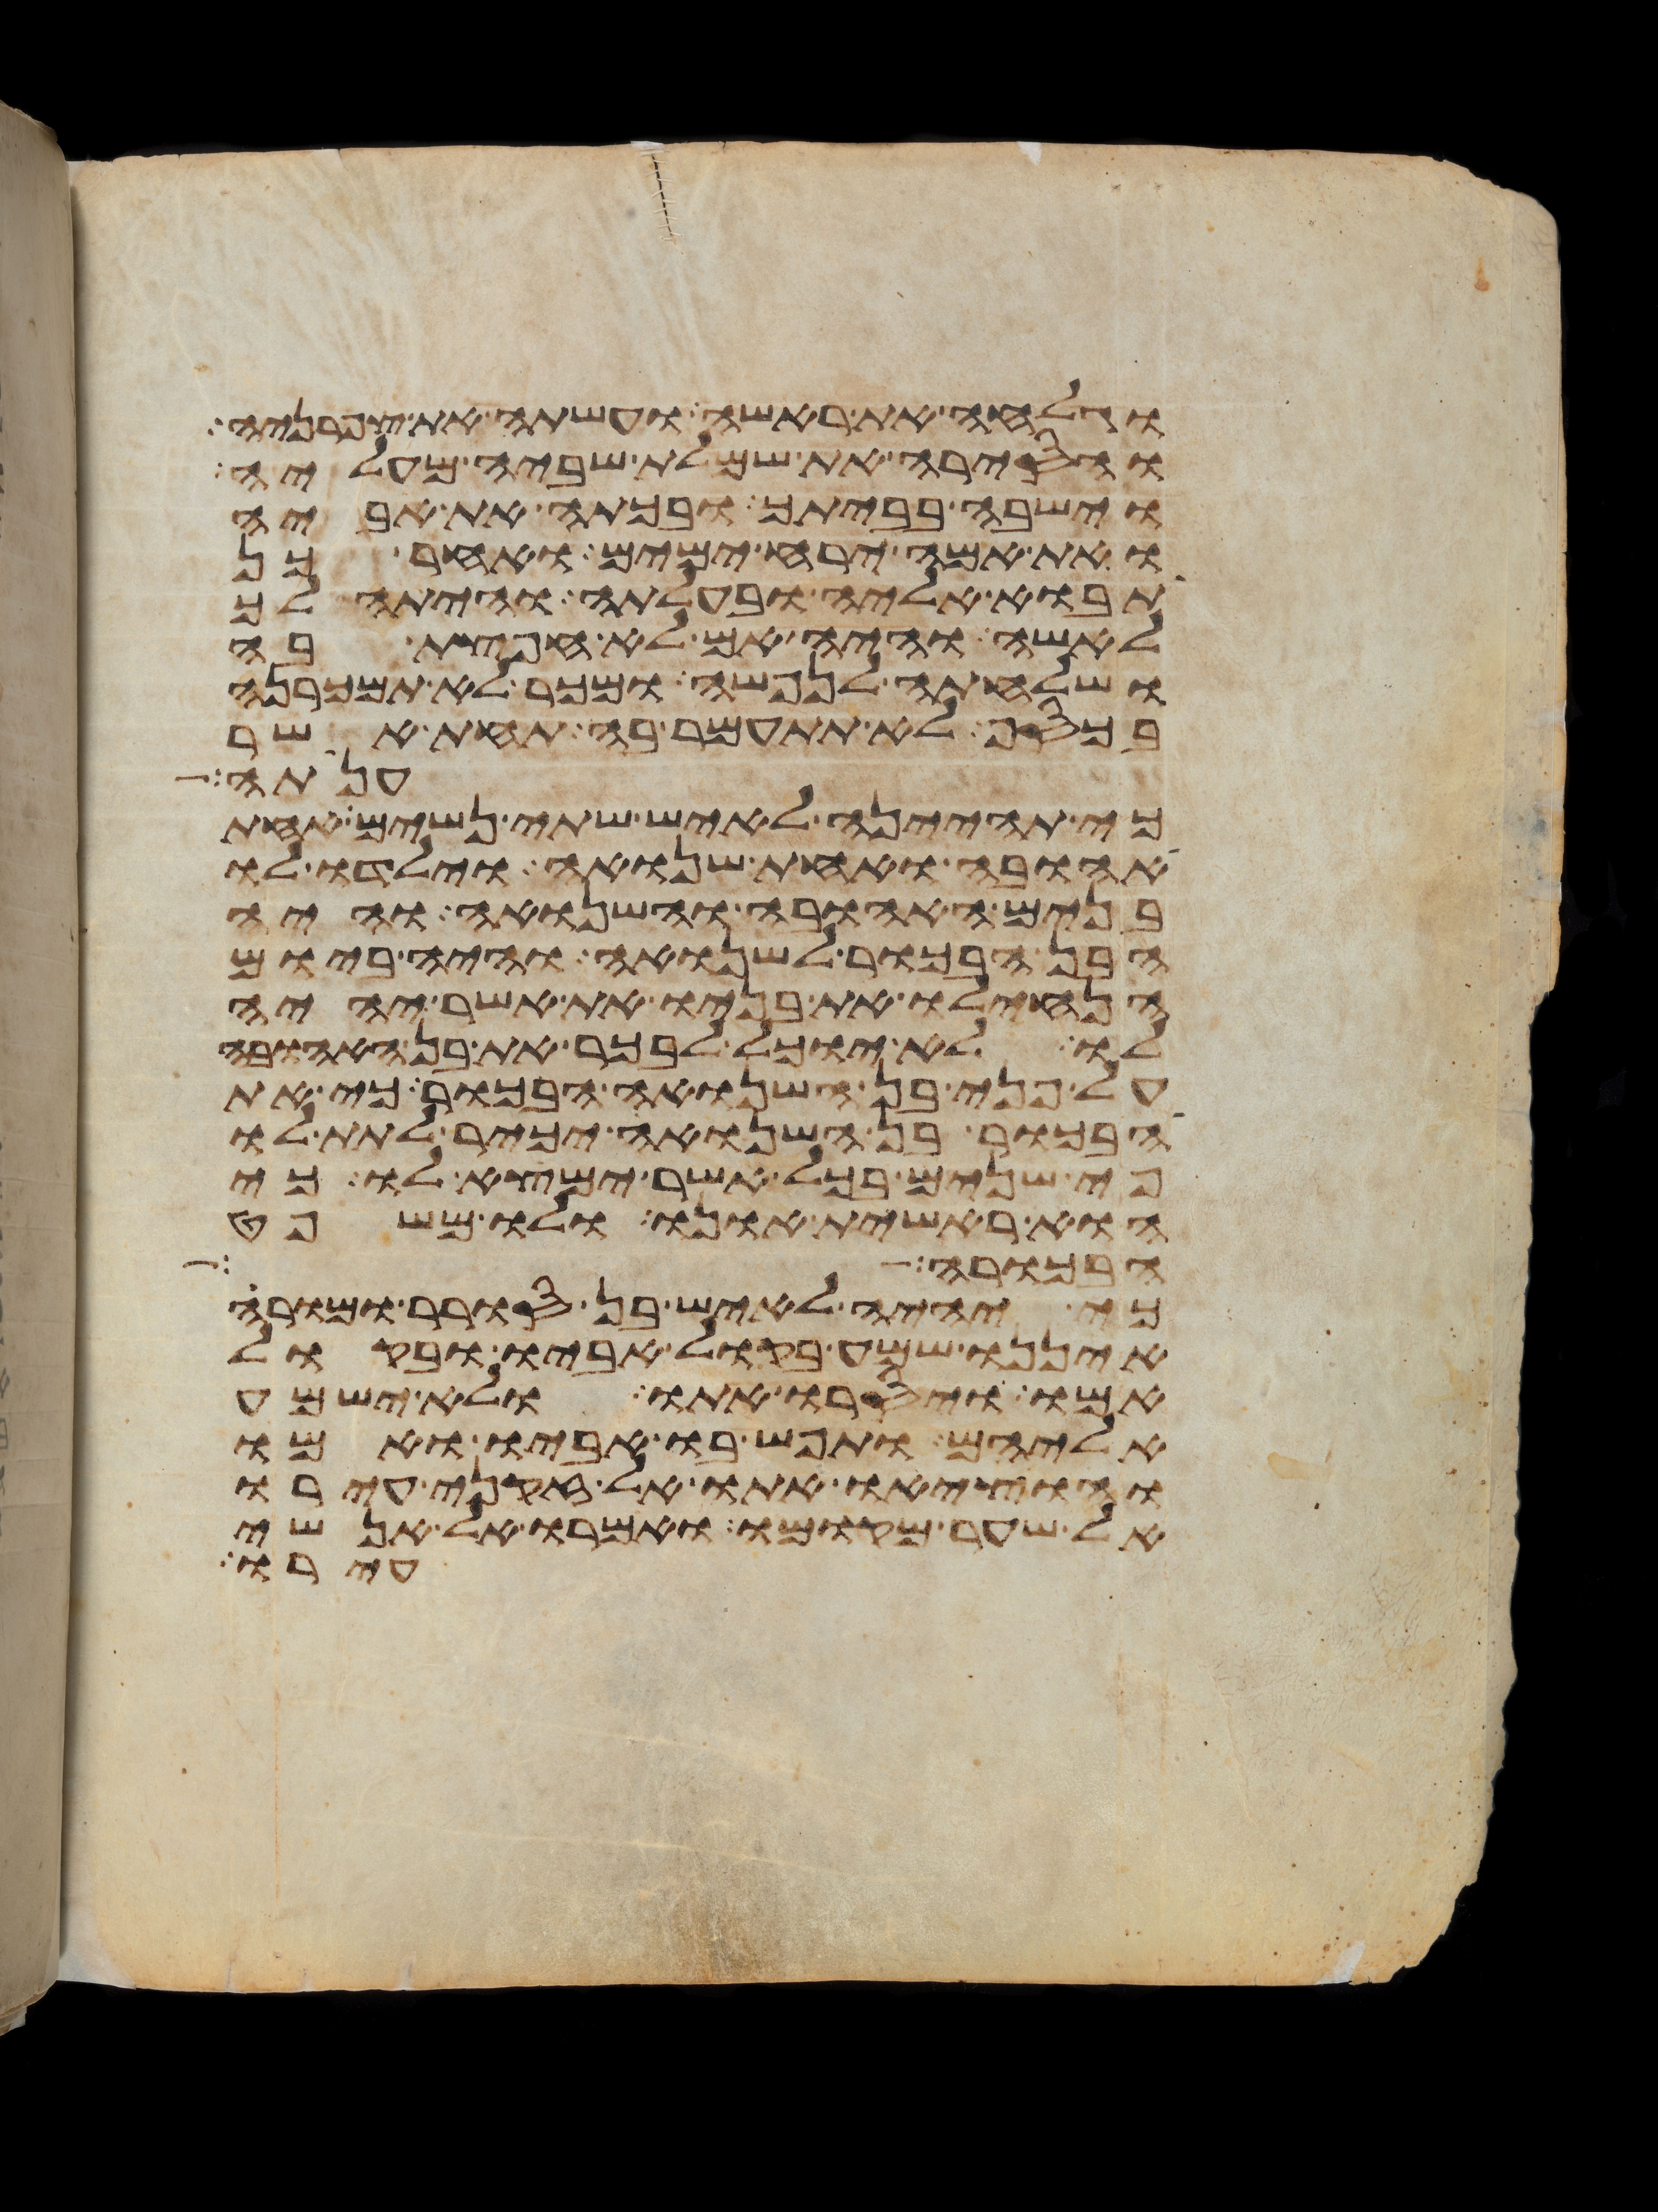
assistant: וגלחה את ראשה ועשתה את צפרניה
והסירה את שמלת שביה מעליה
וישבה בביתך ובכתה את אביה
ואת אמה ירח ימים ואחר כן
תבוא אליה ובעלתה והיתה לך
לאשה והיה אם לא חפצת בה
ושלחתה לנפשה ומכר לא תמכרנה
בכסף לא תתעמר בה תחת אשר
ענתה
כי תהיינה לאיש שתי נשים אחת
אהובה ואחת שנואה וילדו לו
בנים האהובה והשנואה והיה
הבן הבכור לשנואה והיה ביום
הנחילו את בניו את אשר יהיה
לו לא יוכל לבכר את בן האהובה
על פני בן השנואה הבכור כי את
הבכור בן השנואה יכיר לתת לו
פי שנים בכל אשר ימצא לו כי
הוא ראשית אונו ולו משפט
וגרושה וחללה
כי יהיה לאיש בן סורר ומורה
איננו שמע בקול אביו ובקול
אמו ויסרו אתו ולא ישמע
אליהם ותפש בו אביו ואמו
והוציאו אתו אל זקני עירו
אל שער מקומו ואמרו אל אנשי
עירו